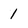
Character: 1